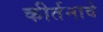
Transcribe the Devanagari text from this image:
कीर्तनावे